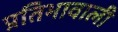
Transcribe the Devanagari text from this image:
प्रतिभावाली